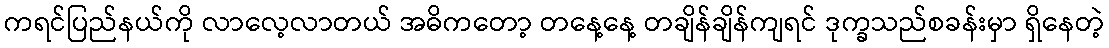
ကရင်ပြည်နယ်ကို လာလေ့လာတယ် အဓိကတော့ တနေ့နေ့ တချိန်ချိန်ကျရင် ဒုက္ခသည်စခန်းမှာ ရှိနေတဲ့